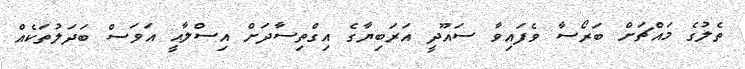
ތެލުގެ މައްޗަށް ބަރޯސާ ވެފައިވާ ސައޫދީ އަރަބިޔާގެ އިގްތިސާދަށް އިސްލާޙީ އަވަސް ބަދަލުތަކެއް